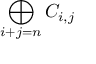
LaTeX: \bigoplus _ { i + j = n } C _ { i , j }